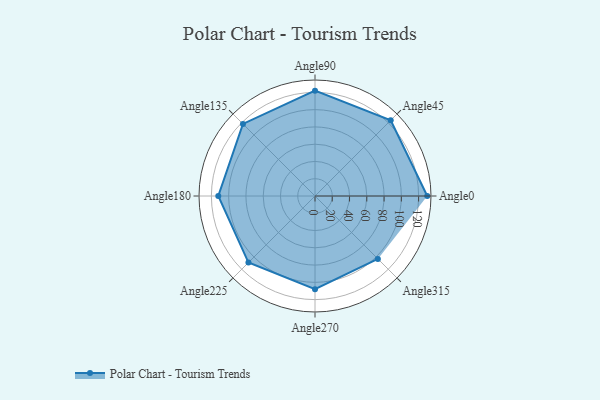
{"axis": {"x": "Angle", "y": "Radius"}, "legend": [""], "data": [{"x": "Angle0", "y": 130.0, "type": ""}, {"x": "Angle45", "y": 124.0, "type": ""}, {"x": "Angle90", "y": 122.0, "type": ""}, {"x": "Angle135", "y": 118.0, "type": ""}, {"x": "Angle180", "y": 112.0, "type": ""}, {"x": "Angle225", "y": 109.0, "type": ""}, {"x": "Angle270", "y": 108.0, "type": ""}, {"x": "Angle315", "y": 103.0, "type": ""}]}